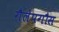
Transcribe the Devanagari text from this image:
गैलेपगौस